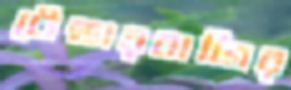
টেন্ডারবাজির